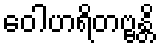
ဝေါဟရိတဗ္ဗန္တိ